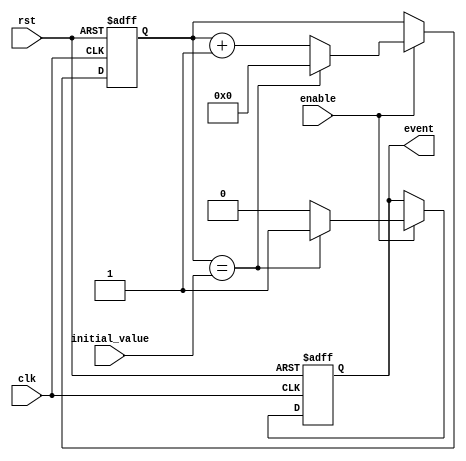
module event_timer (
    input wire clk,
    input wire rst,
    input wire enable,
    input wire [7:0] initial_value,
    output reg event
);

reg [7:0] counter;

always @(posedge clk or posedge rst) begin
    if (rst) begin
        counter <= 8'h00;
        event <= 1'b0;
    end
    else if (enable) begin
        if (counter == initial_value) begin
            event <= 1'b1;
            counter <= 8'h00;
        end
        else begin
            counter <= counter + 1;
            event <= 1'b0;
        end
    end
end

endmodule